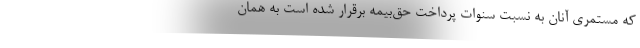
که مستمری آنان به نسبت سنوات پرداخت حق‌بیمه برقرار شده است به همان